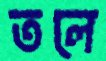
তলে